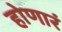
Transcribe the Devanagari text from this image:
होणारं